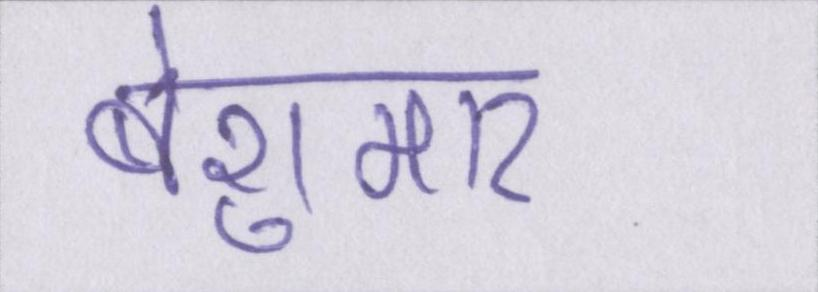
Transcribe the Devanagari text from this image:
बेशुमार